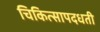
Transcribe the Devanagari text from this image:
चिकित्सापदधती